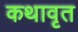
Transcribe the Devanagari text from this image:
कथावृत